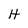
Character: H